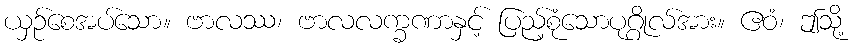
ယှဉ်စေအပ်သော။ ဗာလဿ၊ ဗာလလက္ခဏာနှင့် ပြည့်စုံသောပုဂ္ဂိုလ်အား။ ဧဝံ၊ ဤသို့